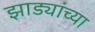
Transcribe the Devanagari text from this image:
झाड्यांच्या